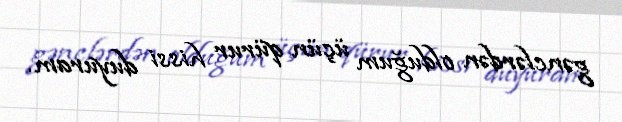
gənclərdən olduğum üçün qürur hissi duyuram.